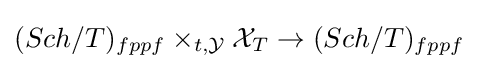
(Sch/T)_{fppf}\times _{t,{\mathcal {Y}}}{\mathcal {X}}_{T}\to (Sch/T)_{fppf}